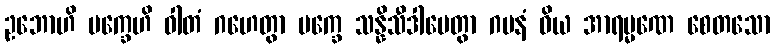
ဥဘောဟိ ပက္ခေဟိ ဝါတံ ဂဟေတွာ ပက္ခေ သန္နိသီဒါပေတွာ ဂမနံ ဝိယ အာရမ္မဏေ စေတသော